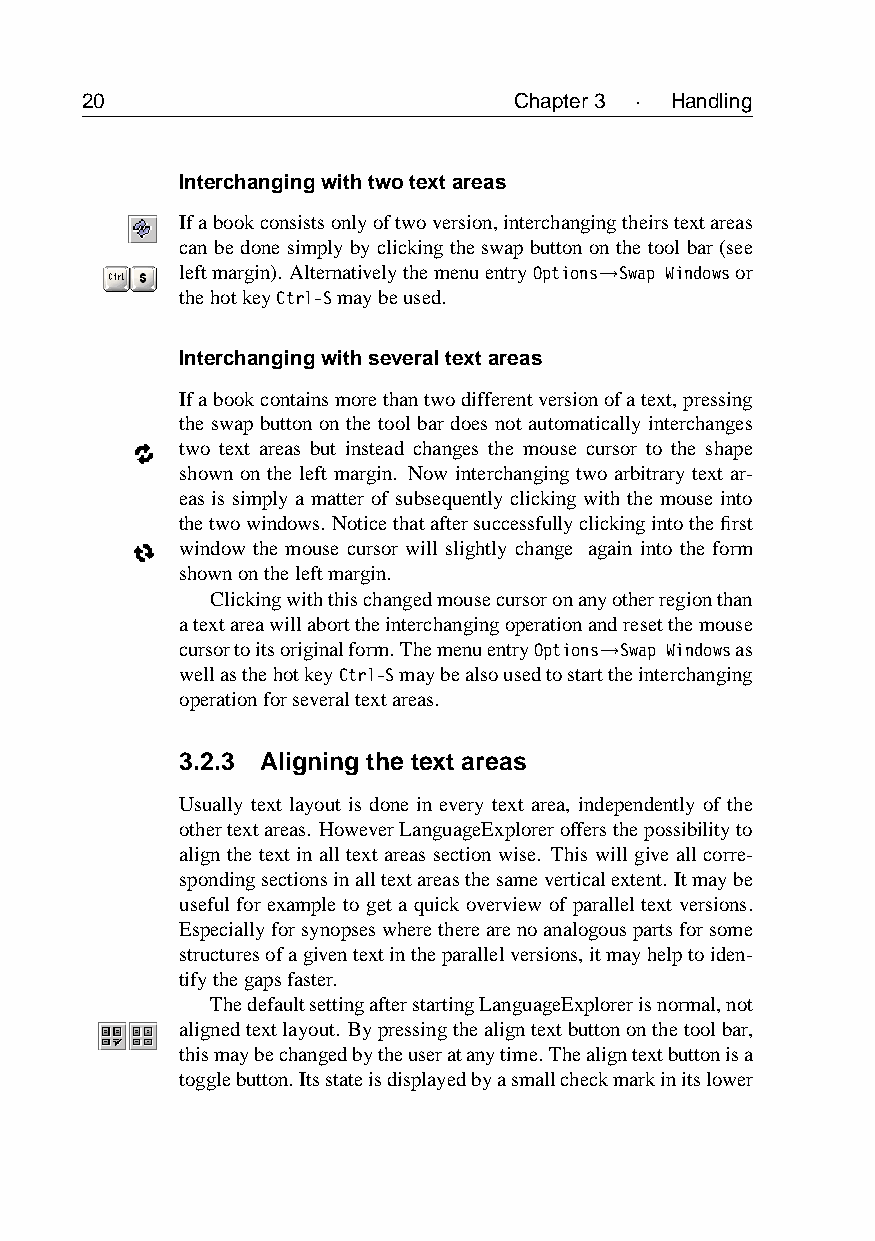
20                           Chapter3 · Handling
 Interchangingwithtwotextareas
 Ifabookconsistsonlyoftwoversion,interchangingtheirstextareas
 canbedonesimplybyclickingtheswapbuttononthetoolbar(see
 leftmargin). AlternativelythemenuentryOptions→Swap Windowsor
 thehotkeyCtrl-Smaybeused.
 Interchangingwithseveraltextareas
 Ifabookcontainsmorethantwodifferentversionofatext,pressing
 the swap button on the tool bar does not automatically interchanges
 two text areas but instead changes the mouse cursor to the shape
 shown on the left margin. Now interchanging two arbitrary text ar-
 eas is simply a matter of subsequently clicking with the mouse into
 thetwowindows. Noticethataftersuccessfullyclickingintothefirst
 window the mouse cursor will slightly change again into the form
 shownontheleftmargin.
 Clickingwiththischangedmousecursoronanyotherregionthan
 atextareawillaborttheinterchangingoperationandresetthemouse
 cursortoitsoriginalform.ThemenuentryOptions→Swap Windowsas
 wellasthehotkeyCtrl-Smaybealsousedtostarttheinterchanging
 operationforseveraltextareas.
 3.2.3 Aligning the text areas
 Usually text layout is done in every text area, independently of the
 othertextareas. HoweverLanguageExploreroffersthepossibilityto
 align the text in all text areas section wise. This will give all corre-
 spondingsectionsinalltextareasthesameverticalextent. Itmaybe
 useful for example to get a quick overview of parallel text versions.
 Especiallyforsynopseswheretherearenoanalogouspartsforsome
 structuresofagiventextintheparallelversions,itmayhelptoiden-
 tifythegapsfaster.
 ThedefaultsettingafterstartingLanguageExplorerisnormal,not
 alignedtextlayout. Bypressingthealigntextbuttononthetoolbar,
 thismaybechangedbytheuseratanytime.Thealigntextbuttonisa
 togglebutton. Itsstateisdisplayedbyasmallcheckmarkinitslower